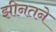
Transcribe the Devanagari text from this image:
झीनतने